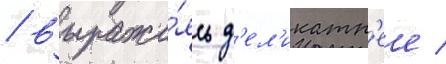
/ выража́ясь д'ел'икатн'ее /